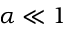
\alpha \ll 1